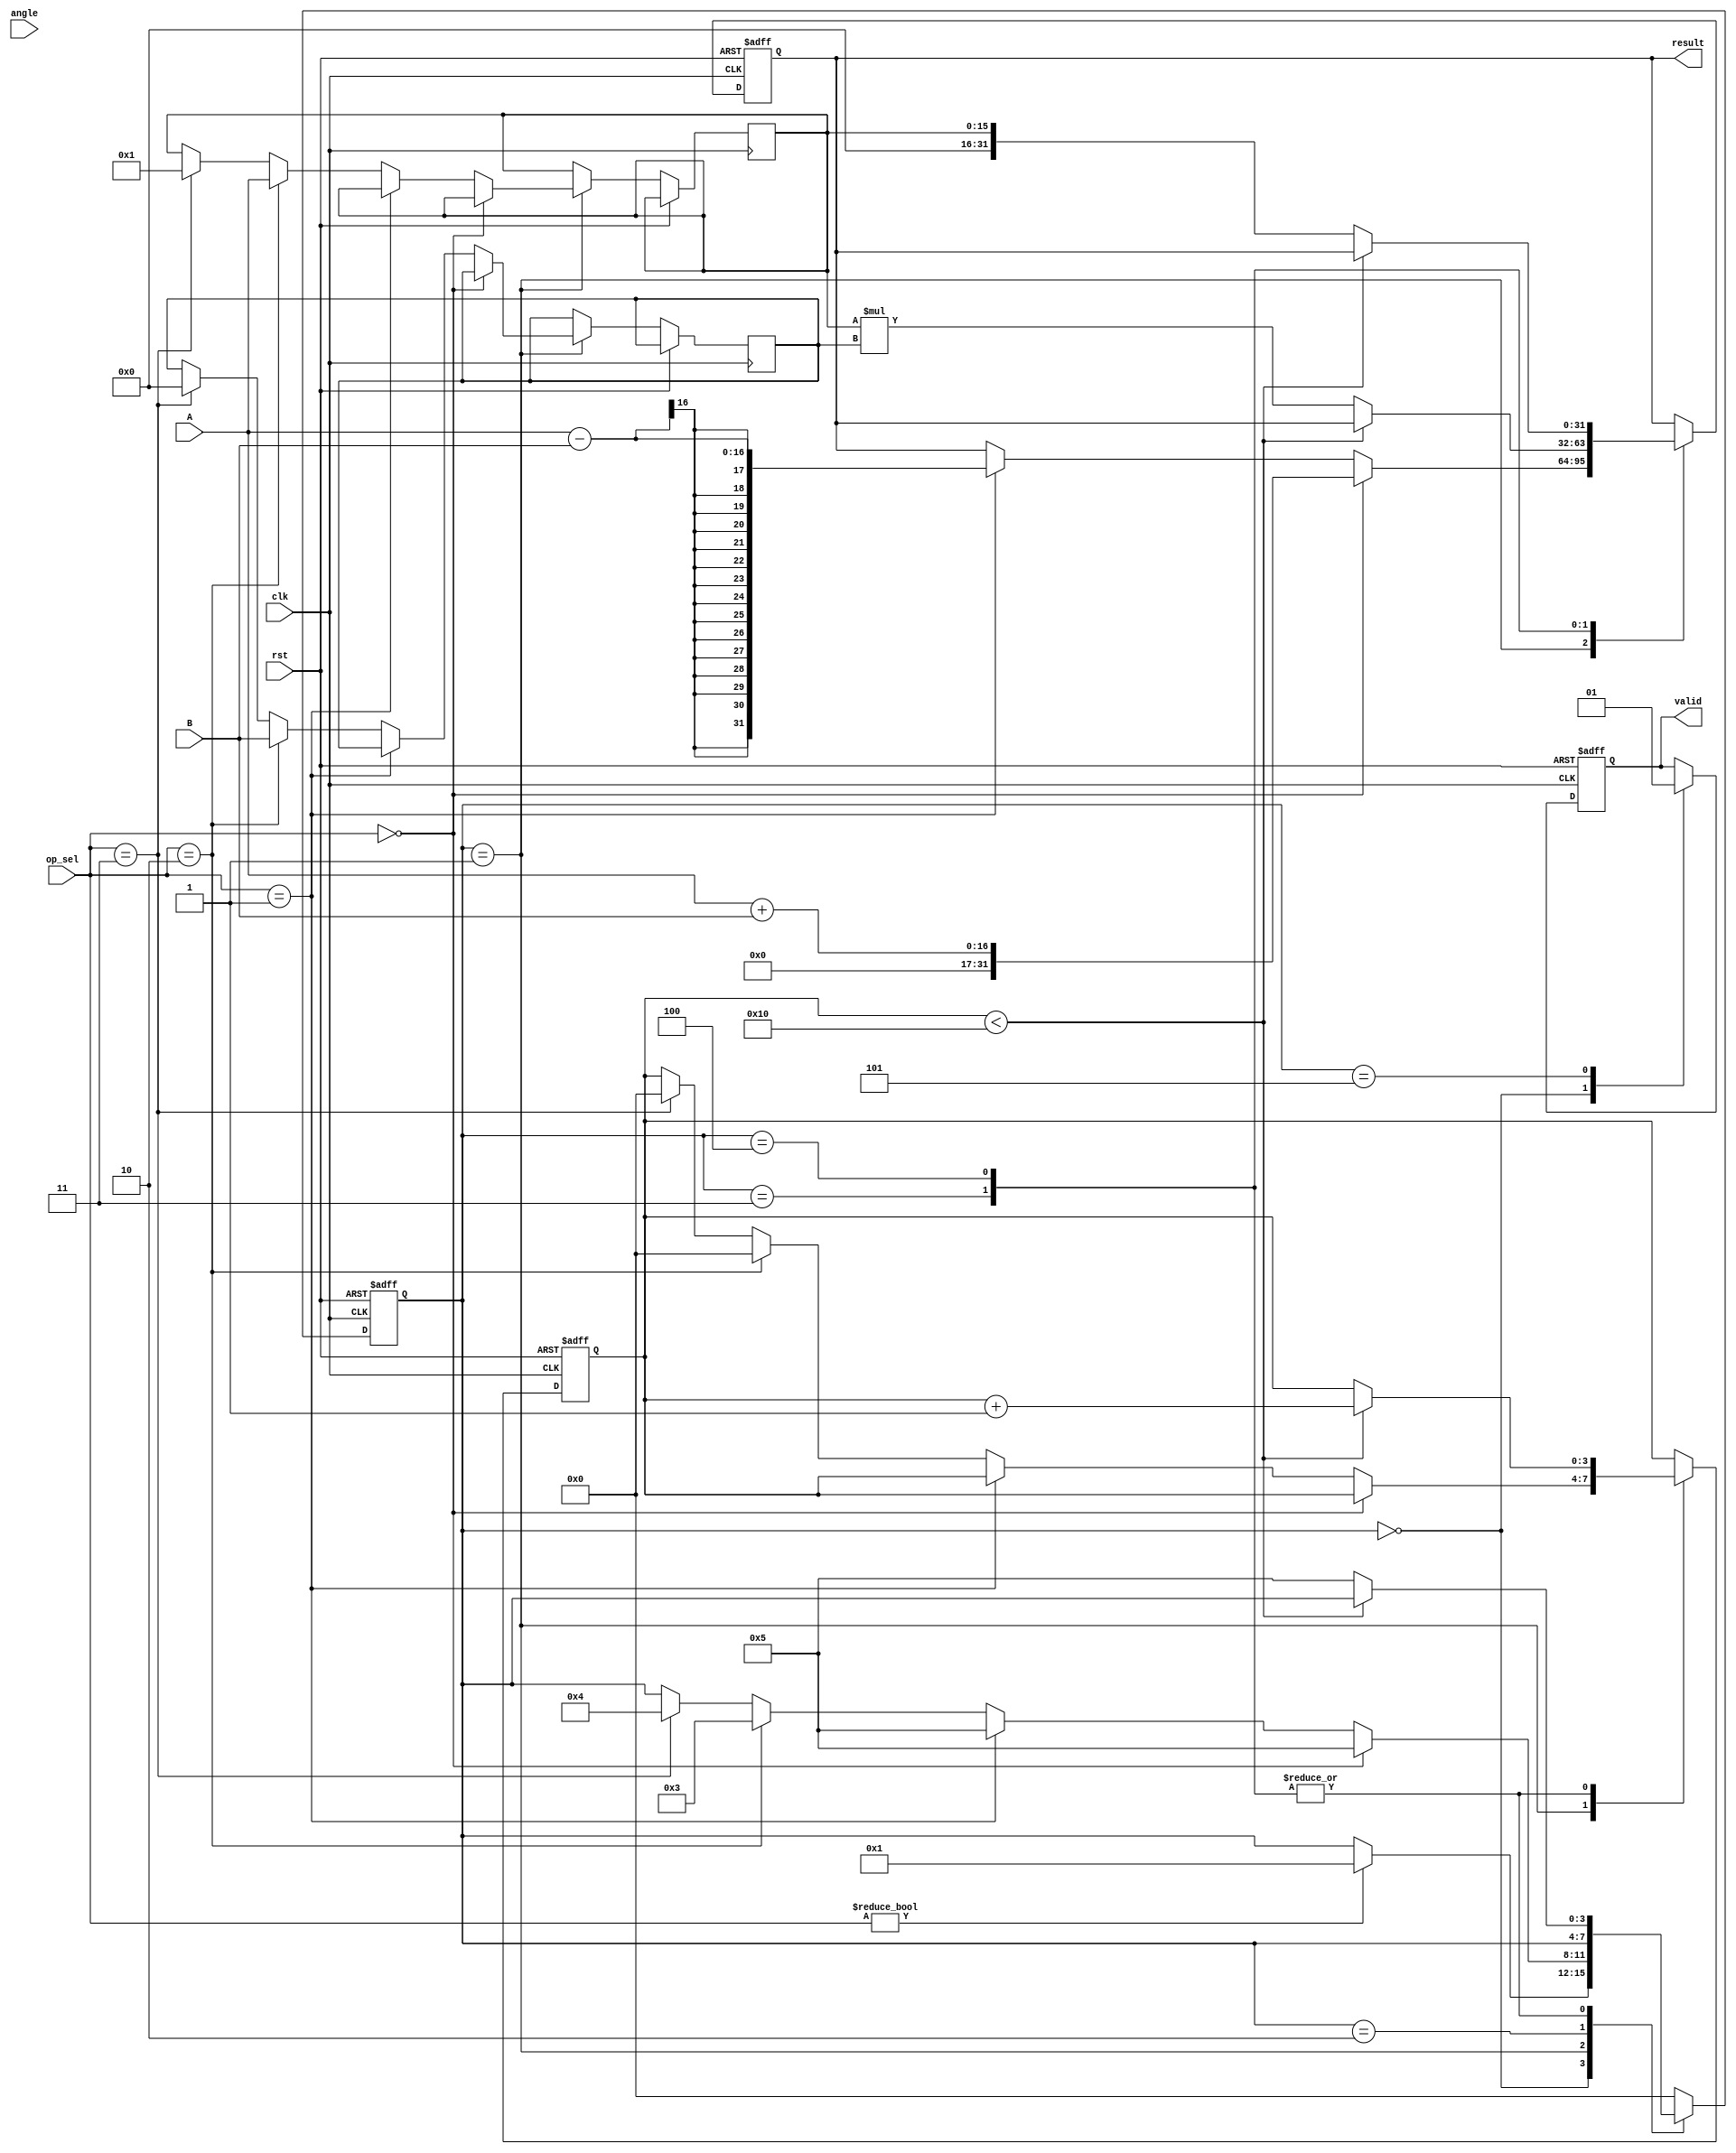
module Unified_CORDIC (
    input wire clk,
    input wire rst,
    input wire [15:0] A, // Operand A
    input wire [15:0] B, // Operand B
    input wire [1:0] op_sel, // Operation selector: 00 - Add, 01 - Subtract, 10 - Mul, 11 - Trig
    input wire [15:0] angle, // Angle input for trigonometric functions
    output reg [31:0] result, // Result of the operation
    output reg valid // Output valid signal
);

    parameter N = 16; // Number of iterations for CORDIC
    reg [15:0] x, y, z; // CORDIC variables
    reg [15:0] angle_table [0:N-1]; // Angle lookup table
    reg [3:0] state; // FSM state
    reg [3:0] iteration; // Iteration counter

    // Initialize angle lookup table
    initial begin
        angle_table[0] = 16'h0; // Angle for 0
        angle_table[1] = 16'h26; // Angle for 1
        angle_table[2] = 16'h19; // Angle for 2
        // ... Fill in rest of angles as needed
    end

    // FSM State Definitions
    localparam IDLE = 0, INIT = 1, ADD_SUB = 2, MUL = 3, TRIG = 4, DONE = 5;

    always @(posedge clk or posedge rst) begin
        if (rst) begin
            state <= IDLE;
            valid <= 0;
            iteration <= 0;
            result <= 0;
        end else begin
            case (state)
                IDLE: begin
                    valid <= 0;
                    if (op_sel != 2'b00) begin
                        state <= INIT;
                    end
                end

                INIT: begin
                    // Initialize CORDIC variables based on operation
                    if (op_sel == 2'b00) begin // Addition
                        result <= A + B;
                        state <= DONE;
                    end else if (op_sel == 2'b01) begin // Subtraction
                        result <= A - B;
                        state <= DONE;
                    end else if (op_sel == 2'b10) begin // Multiplication
                        x <= A;
                        y <= B;
                        z <= 16'h0; // Initialize angle to 0
                        iteration <= 0;
                        state <= MUL;
                    end else if (op_sel == 2'b11) begin // Trigonometric
                        x <= 16'h1; // Initial x for sin/cos
                        y <= 16'h0; // Initial y for sin/cos
                        z <= angle; // Load angle
                        iteration <= 0;
                        state <= TRIG;
                    end
                end

                ADD_SUB: begin
                    // Handle addition and subtraction operations
                    // (Already handled in INIT)
                end

                MUL: begin
                    // Implement multiplication using CORDIC
                    // (Using shift and add logic)
                    if (iteration < N) begin
                        // CORDIC multiplication steps here
                        // Update x, y, z based on CORDIC algorithm
                        iteration <= iteration + 1;
                    end else begin
                        result <= x * y; // Final result
                        state <= DONE;
                    end
                end

                TRIG: begin
                    // Implement trigonometric functions using CORDIC
                    if (iteration < N) begin
                        // CORDIC rotation steps here
                        // Update x, y, z based on CORDIC algorithm
                        iteration <= iteration + 1;
                    end else begin
                        result <= x; // For cos
                        // Optionally store sin(y) if needed
                        state <= DONE;
                    end
                end

                DONE: begin
                    valid <= 1; // Signal that result is valid
                    state <= IDLE; // Return to idle state
                end

                default: state <= IDLE;
            endcase
        end
    end
endmodule